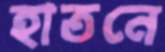
হাতনে